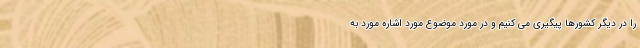
را در دیگر کشورها پیگیری می کنیم و در مورد موضوع مورد اشاره مورد به